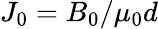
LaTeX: J_{0}=B_{0}/\mu_{0}d